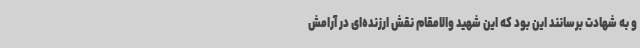
و به شهادت برسانند این بود که این شهید والامقام نقش ارزنده‌ای در آرامش